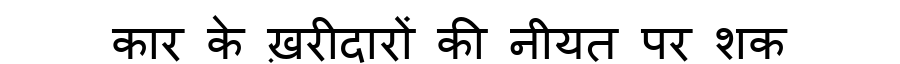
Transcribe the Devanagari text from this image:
कार के ख़रीदारों की नीयत पर शक